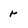
Character: r